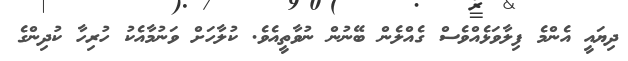
ދިޔައީ އެންމެ ފިލާވަޅެއްވެސް ގެއްލެން ބޭނުން ނުވާތީއެވެ. ކުލާހަށް ވަނުމާއެކު ހުރިހާ ކުދިންގެ